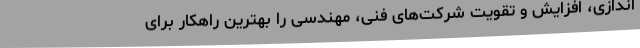
‌اندازی، افزایش و تقویت شرکت‌های فنی، مهندسی را بهترین راهکار برای